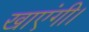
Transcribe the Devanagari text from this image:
खाएंगी।